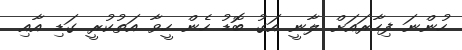
ހުންނަ ފިހާރައަށް ލާނީ އަގު ބޮޑު ހެން ހީވާ އަތުކުރީ ގަޑި އާއި